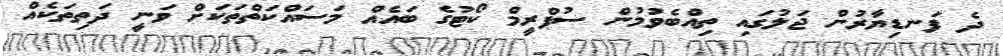
ދެ ފަނޑިޔާރުން ޖަލުގައި ތިއްބެވުމުން ސުޕްރީމް ކޯޓުގެ ބައެއް މަސައްކަތްތަކަށް ވަނީ ދަތިތަކެއްް